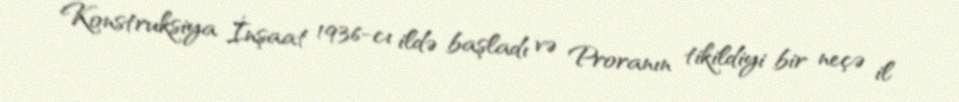
Konstruksiya İnşaat 1936-cı ildə başladı və Proranın tikildiyi bir neçə il